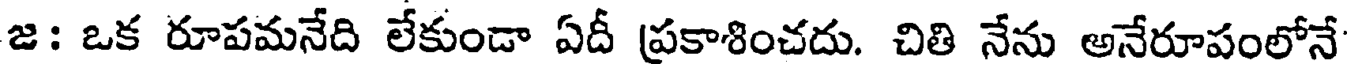
జ: ఒక రూపమనేది లేకుండా ఏదీ ప్రకాశించదు. చితి నేను అనేరూపంలోనే